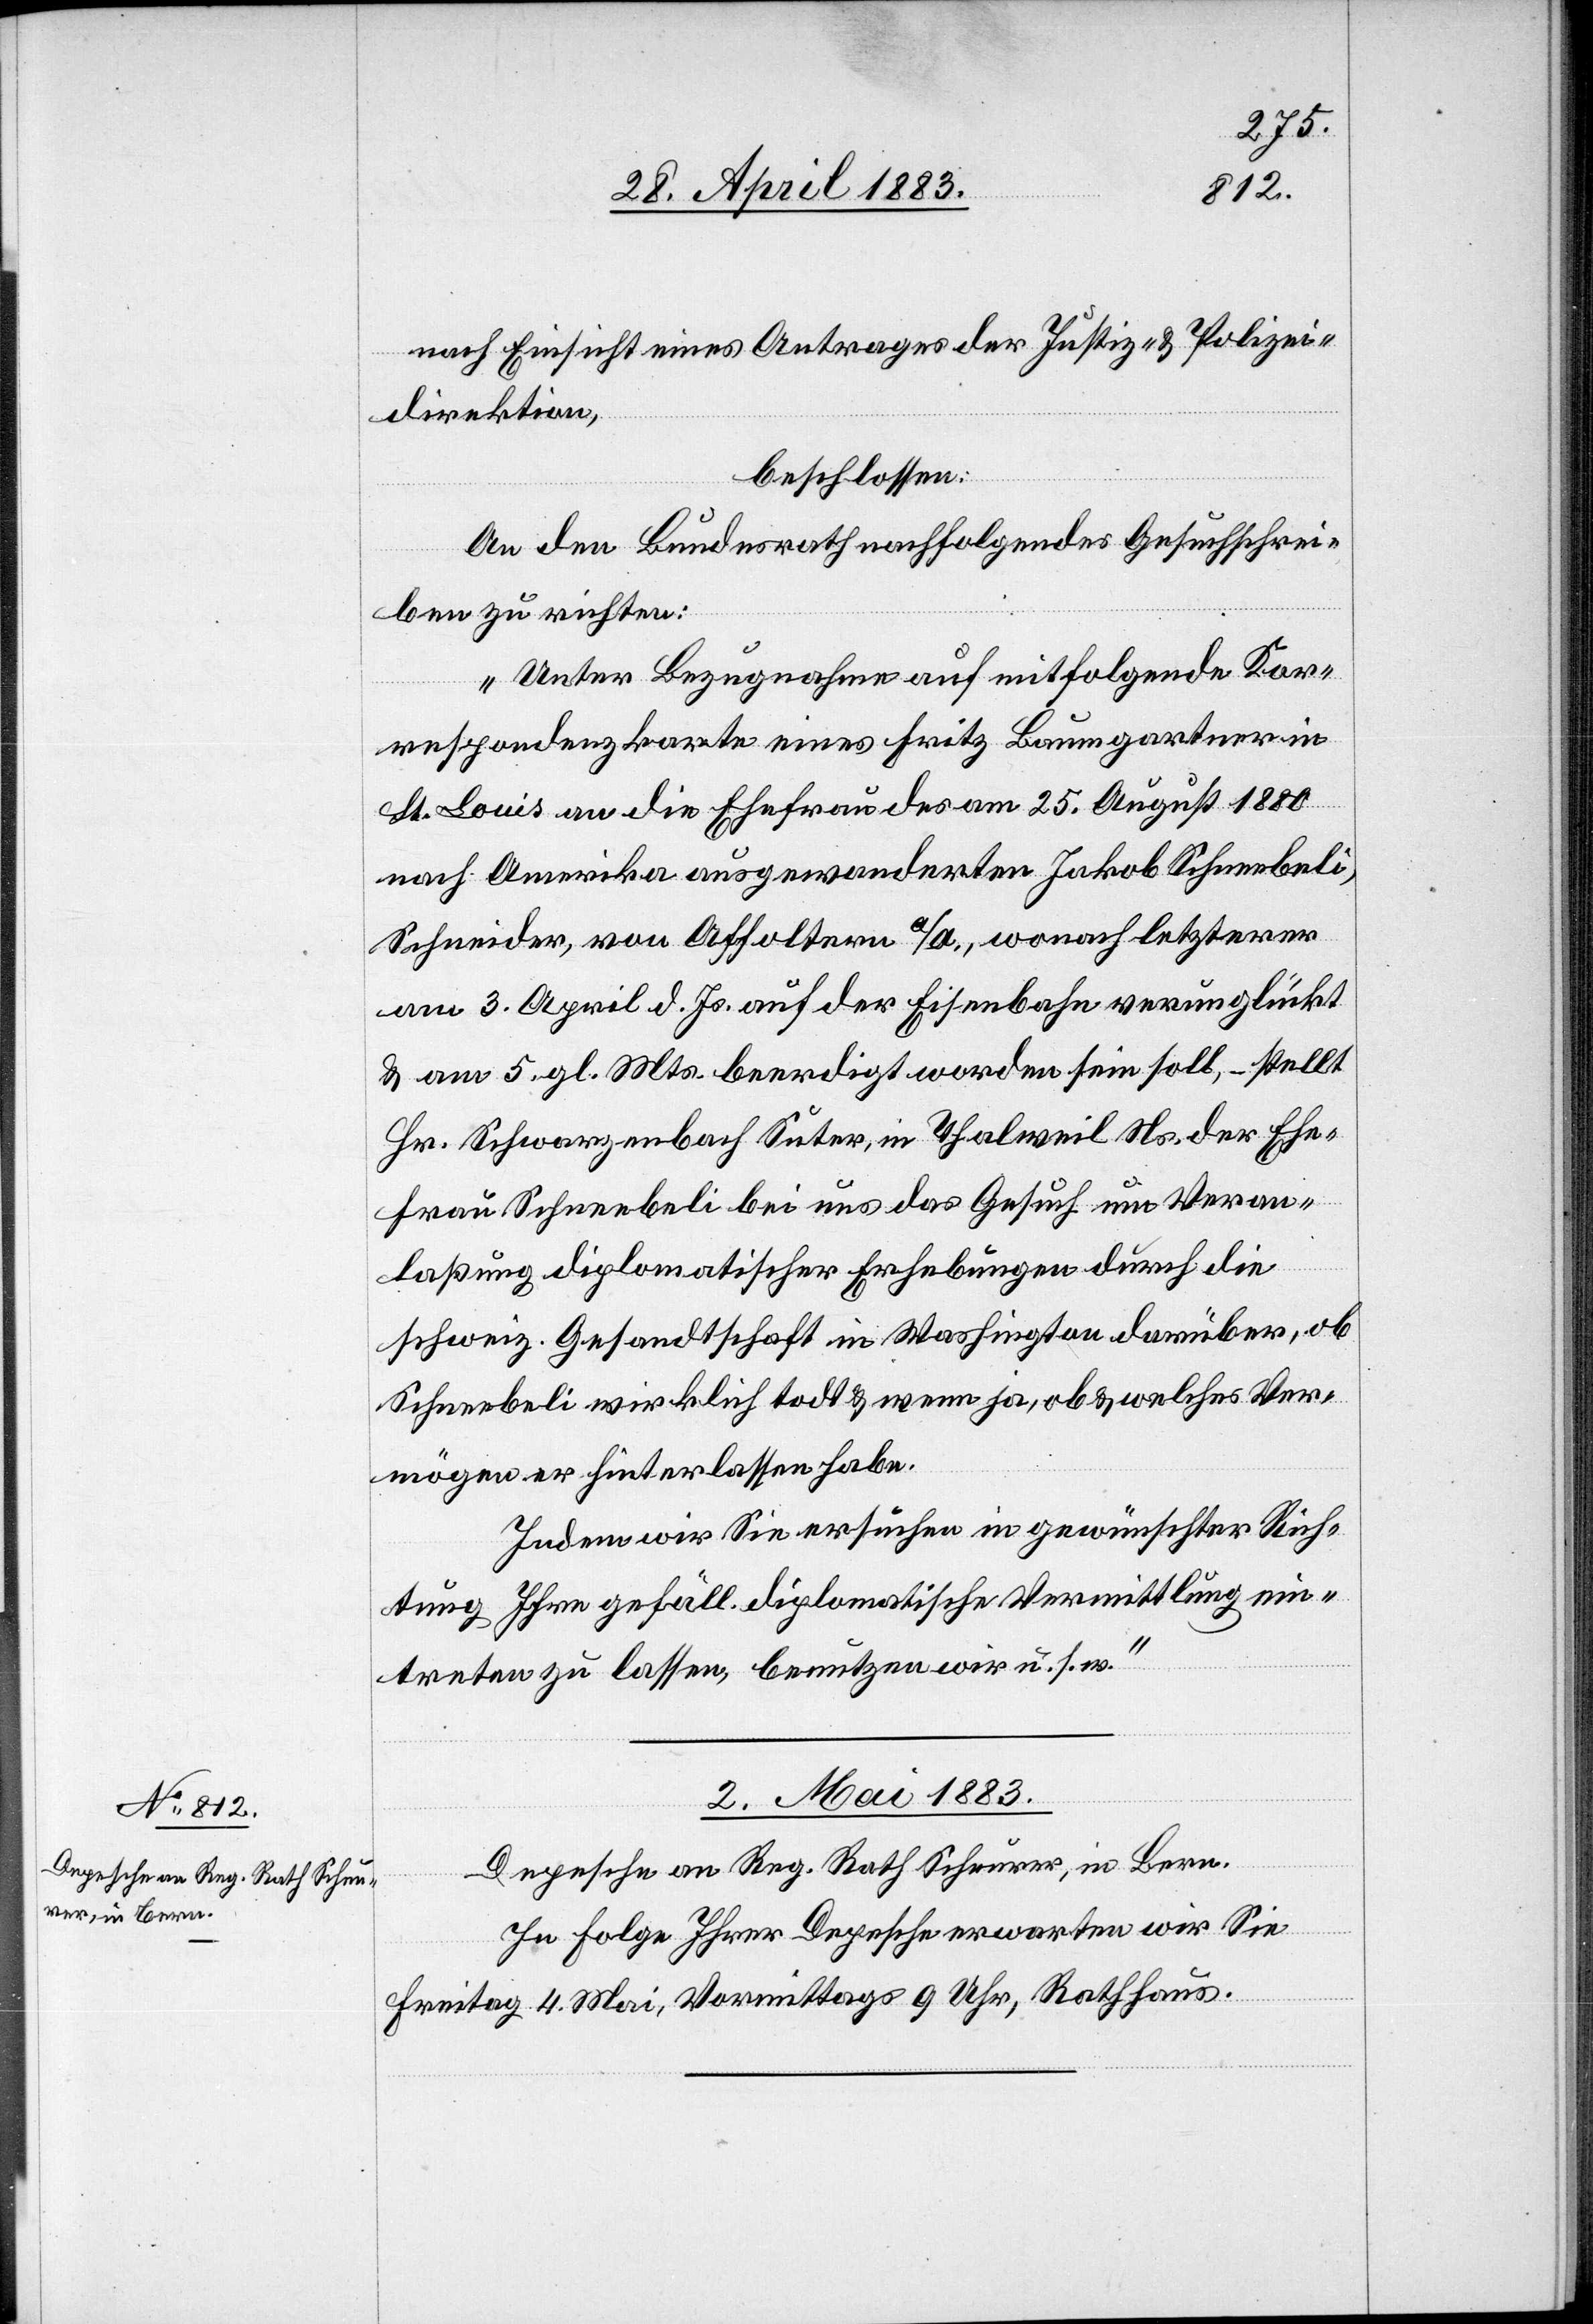
nach Einsicht eines Antrages der Justiz- & Polizei¬
direktion,
beschlossen:
An den Bundesrath nachfolgendes Gesuchschrei¬
ben zu richten:
„Unter Bezugnahme auf mitfolgende Kor¬
respondenzkarte eines Fritz Baumgartner in
St. Louis an die Ehefrau des am 25. August 1880
nach Amerika ausgewanderten Jakob Schneebeli,
Schneider, von Affoltern a/A., wonach letzterer
am 3. April d. Js. auf der Eisenbahn verunglückt
& am 5. gl. Mts. beerdigt worden sein soll, – stellt
Hr. Schwarzenbach Suter, in Thalweil Ns. der Ehe¬
frau Schneebeli bei uns das Gesuch um Veran¬
laßung diplomatischer Erhebungen durch die
schweiz. Gesandtschaft in Washington darüber, ob
Schneebeli wirklich todt & wenn ja, ob & welches Ver¬
mögen er hinterlassen habe.
Indem wir Sie ersuchen in gewünschter Rich¬
tung Ihre gefäll. diplomatische Vermittlung ein¬
treten zu lassen, benutzen wir u. s. w.“
2. Mai 1883.
Depesche an Reg. Rath Scheurer, in Bern.
In Folge Ihrer Depesche erwarten wir Sie
Freitag 4. Mai, Vormittags 9 Uhr, Rathhaus.